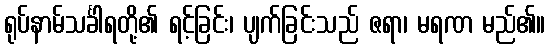
ရုပ်နာမ်သင်္ခါရတို့၏ ရင့်ခြင်း၊ ပျက်ခြင်းသည် ဇရာ၊ မရဏ မည်၏။